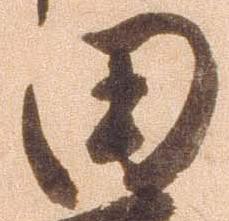
田